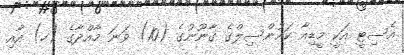
އެސިޓީ އަކީ މީޑިއާ ކައުންސިލްގެ ޤާނޫނުގެ (10) ވަނަ މާއްދާގެ (ހ) އާއި